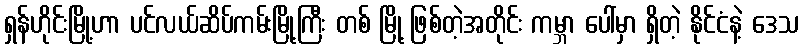
ရှန်ဟိုင်းမြို့ဟာ ပင်လယ်ဆိပ်ကမ်းမြို့ကြီး တစ် မြို့ ဖြစ်တဲ့အတိုင်း ကမ္ဘာ ပေါ်မှာ ရှိတဲ့ နိုင်ငံနဲ့ ဒေသ